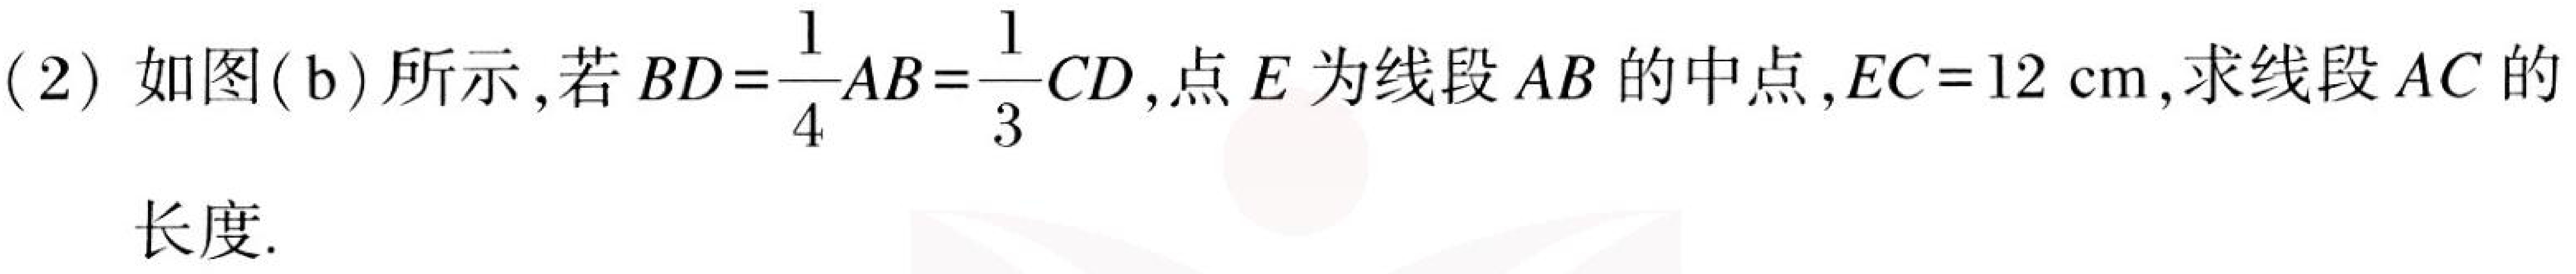
(2) 如图(b)所示,若 \(BD=\dfrac{1}{4}AB=\dfrac{1}{3}CD\),点 \(E\) 为线段 \(AB\)的中点,\(EC = 12\mathrm{cm}\),求线段 \(AC\)的长度.